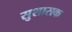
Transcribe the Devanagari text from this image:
सुशासक